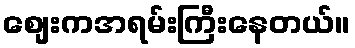
စျေးကအရမ်းကြီးနေတယ်။